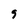
Character: 9